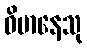
ဝိမာနေသု